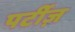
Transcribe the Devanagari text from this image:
पर्टीज़